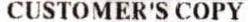
CUSTOMER'S COPY